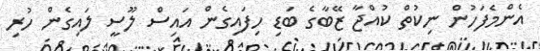
އެންމެފަހުން ނިކުތް ކުއްޖާ ޒޭބާގެ ބަޑި ހިފައިގެން އައިސް ލޫސީ ލައިގެން ހުރި